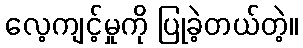
လေ့ကျင့်မှုကို ပြုခဲ့တယ်တဲ့။